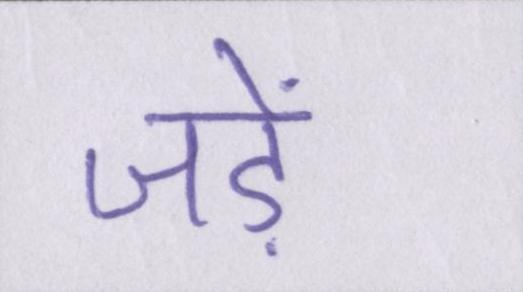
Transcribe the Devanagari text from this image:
जड़ें